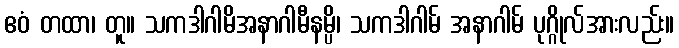
ဧဝံ တထာ၊ တူ။ သကဒါဂါမိအနာဂါမီနမ္ပိ၊ သကဒါဂါမ် အနာဂါမ် ပုဂ္ဂိုလ်အားလည်း။